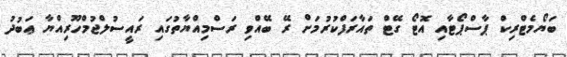
ބަޔޯމެޓްރިކް ޕާސްޕޯޓާއި އޮޓޯ ގޭޓް ތައާރަފްކުރުމަށް ރޭ ބޭއްވި ރަސްމިއްޔާތުގައި ރައީސުލްޖުމްހޫރިއްޔާ ޢަބުދު